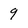
Character: 9